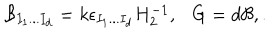
{ \cal B } _ { I _ { 1 } . . . I _ { d } } = k \epsilon _ { I _ { 1 } . . . I _ { d } } H _ { 2 } ^ { - 1 } , G = d { \cal B } , .